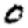
Digit: 0